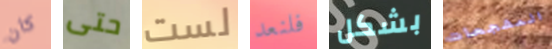
كان حتى لست فلنعد بشكل المشجعات